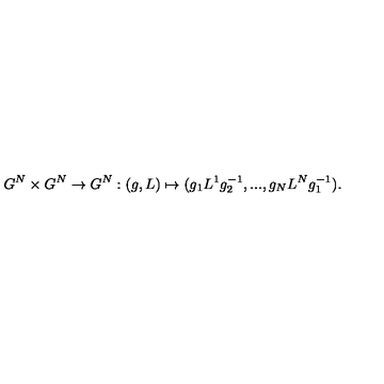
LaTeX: G ^ { N } \times G ^ { N } \rightarrow G ^ { N } : ( g , L ) \mapsto ( g _ { 1 } L ^ { 1 } g _ { 2 } ^ { - 1 } , . . . , g _ { N } L ^ { N } g _ { 1 } ^ { - 1 } ) .